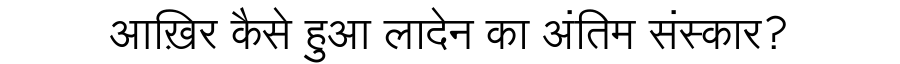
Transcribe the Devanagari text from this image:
आख़िर कैसे हुआ लादेन का अंतिम संस्कार?